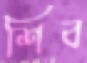
শিব